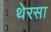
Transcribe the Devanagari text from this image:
थेरसा